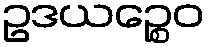
ဥဒယဉ္စေဝ